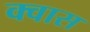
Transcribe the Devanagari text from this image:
क्वास